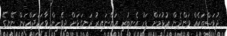
ދުވަސްތަކެއް ވަންދެން އުޅުމަށް ފަހު އެނބުރި އަންނައިރު ރަނގަޅަށް ދިވެހިން ވާހަކަދައްކަން ނޭނގޭ